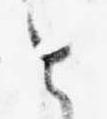
と